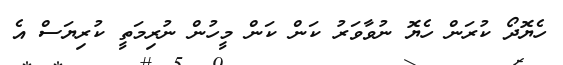
ހެޔޮދޯ ކުރަން ހެޔޮ ނުވާވަރު ކަން ކަން މީހުން ނުރިމަތީ ކުރިޔަސް އެ